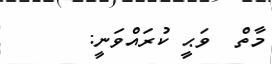
މާތް  ވަޙީ ކުރައްވަނީ: